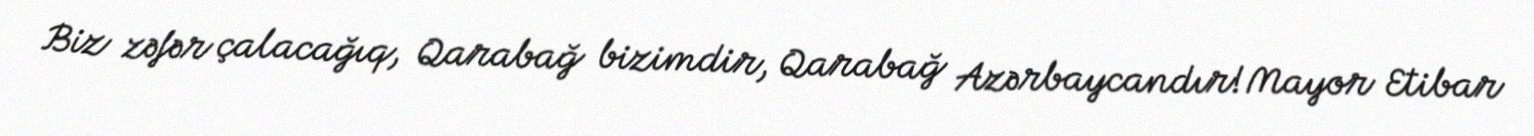
Biz zəfər çalacağıq, Qarabağ bizimdir, Qarabağ Azərbaycandır!Mayor Etibar